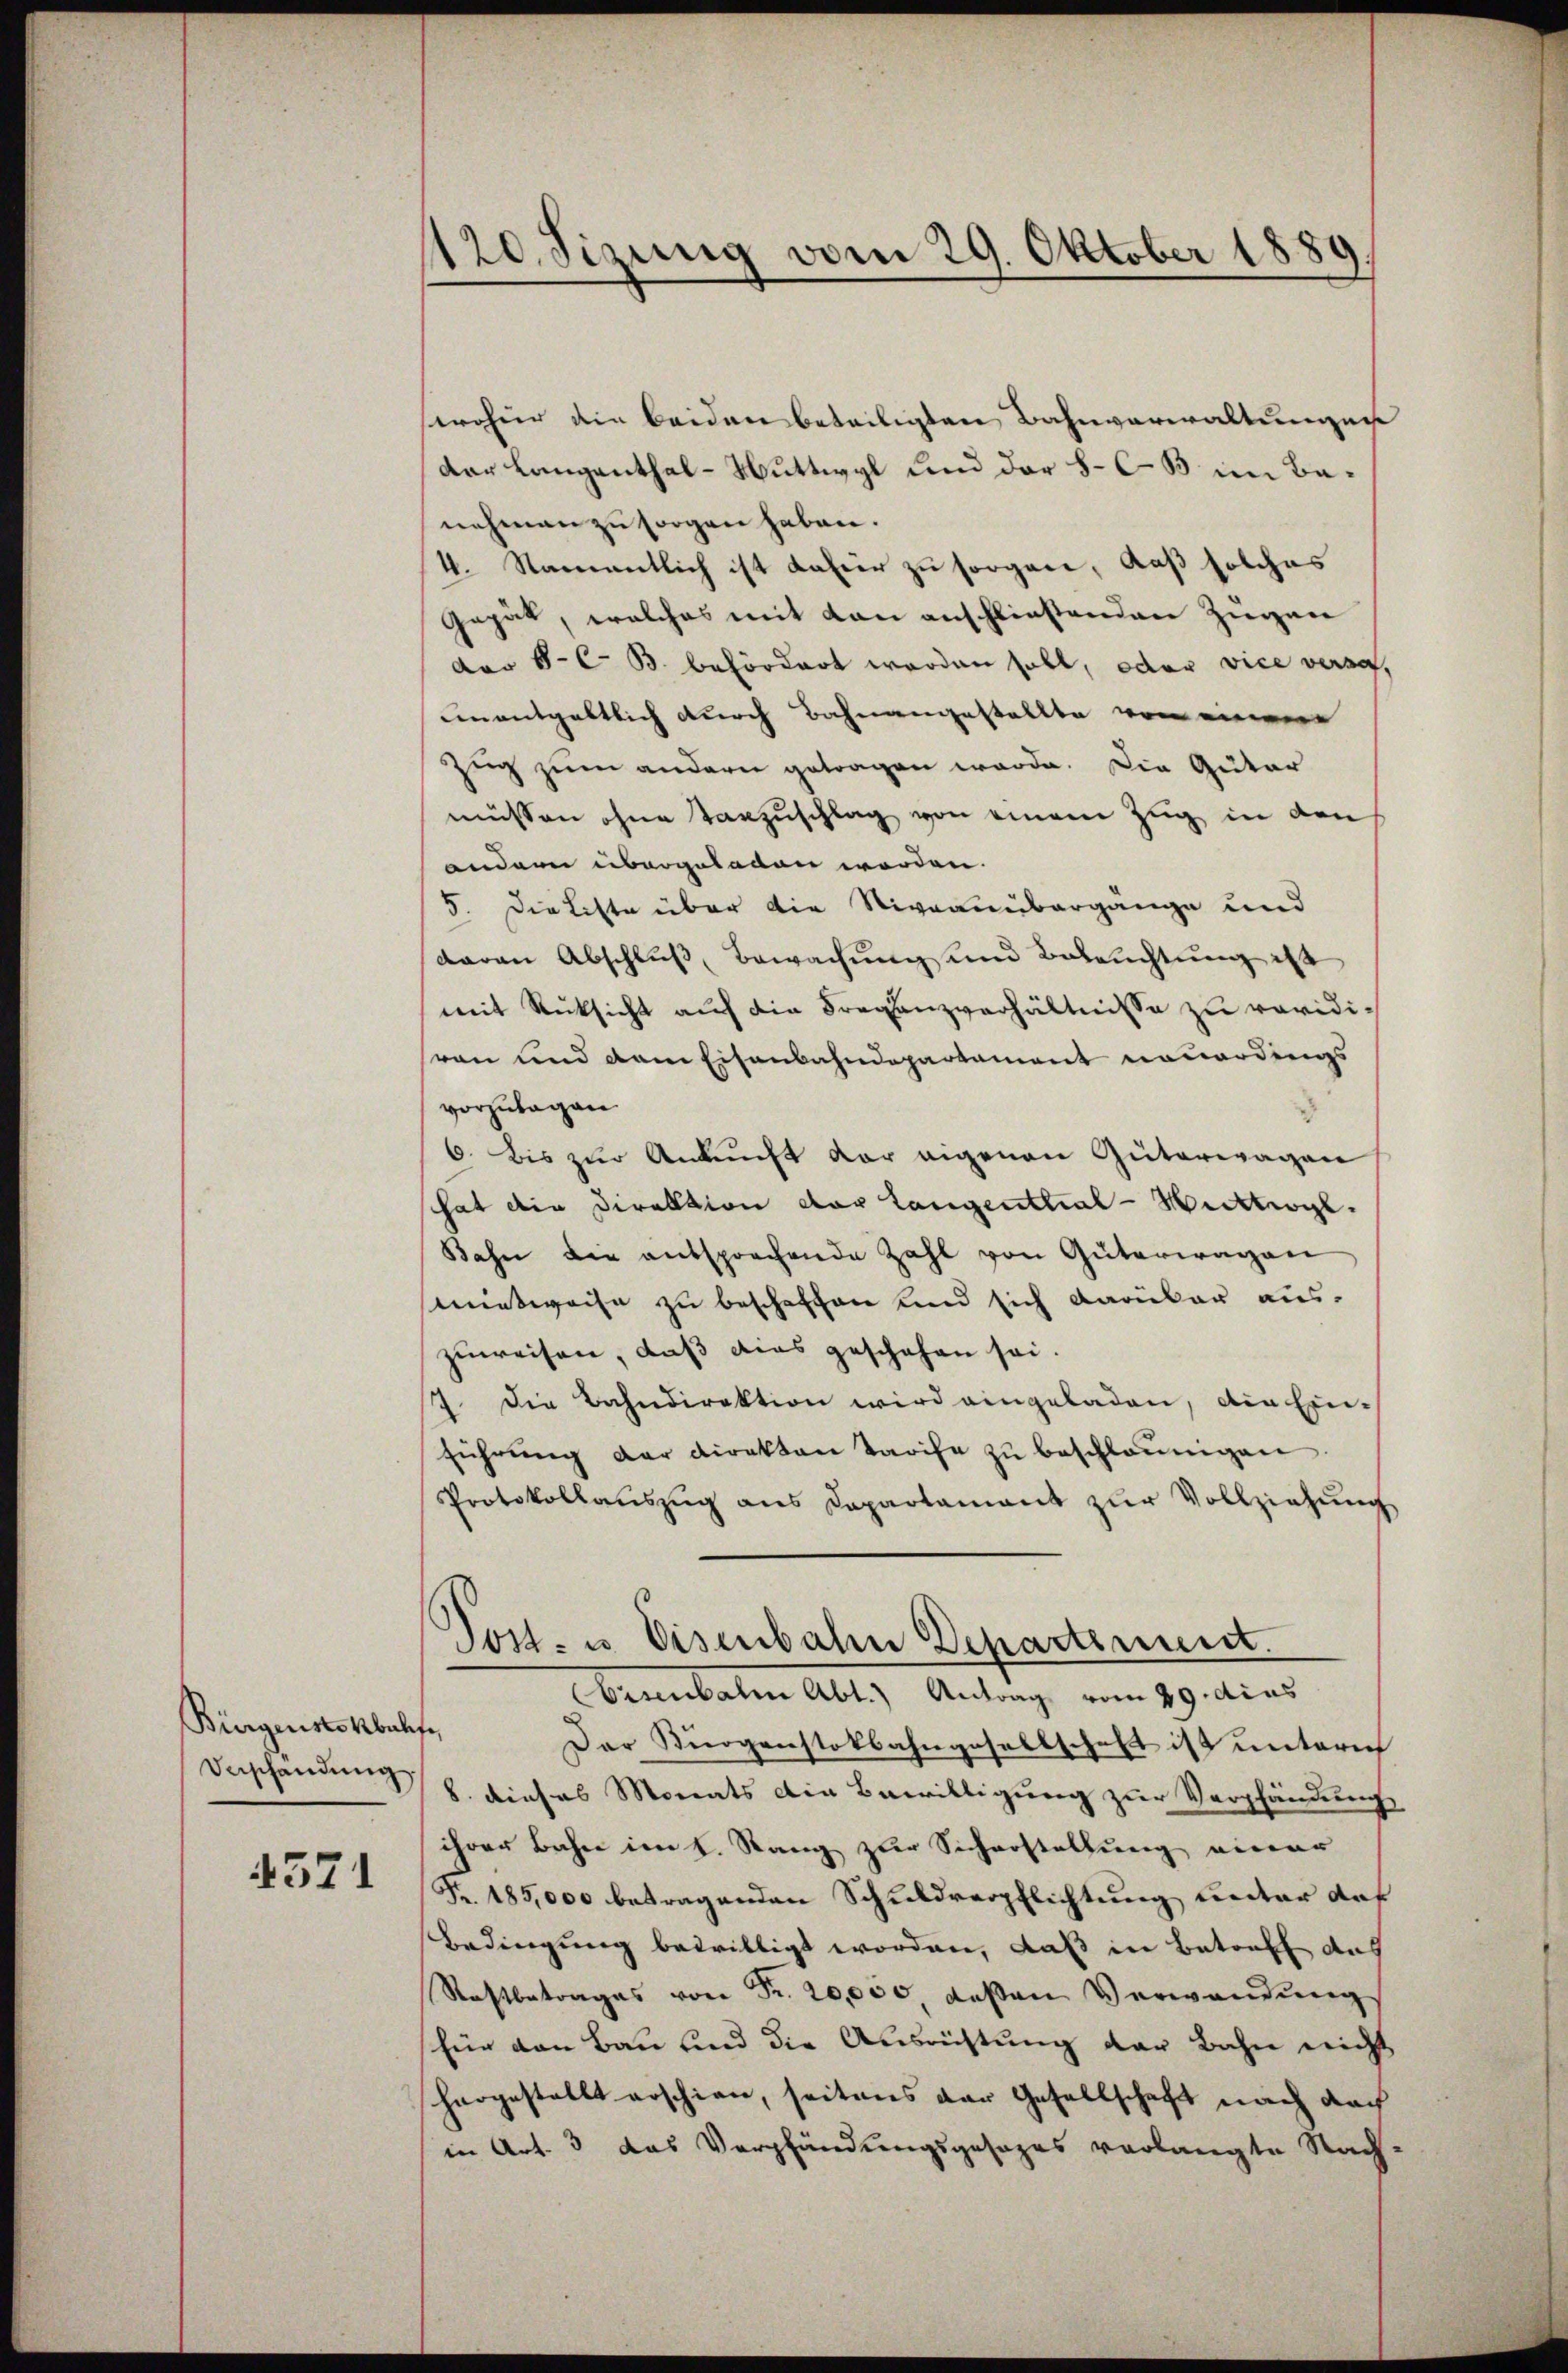
Bürgenstokbalfe,
Veschendung

4571

1120. Sizung vom 29. Oktober 1889

sroher die beiden beteiligten Bahnverwaltungen
der Langenthal-Nuttwyl und der 8. C. B im Banehmen zu sorgen haben.
4. Namentlich ist dafür zu sorgen, daß solches
Gegät, welches mit den anschließenden Zugen
dor 8. C. B. befördert worden soll, oder vice versa
unentgeltlich durch Bahnangestellte von einem
Zug zum andern getragen werde. Die Güter
müssen ohne Tanzuschlag von einem Zug in den
andern übergeladen worden.
5. Die Litte über die Niveauübergange und
daran Abschluß, Bewachung und Beleuchtung ist
mit Rücksicht auf die Fraganzverhältnisse zu revidivon und dem Eisenbahndepartament neuerdings
vorzutagen.
6. bis zŭr Ankunft vor eigenen Güterwagen
hat die Direktion der langentlial-Mittwyl
Bahn die entsprechende Zahl von Güterwagen
smietweise zu beschaffen und sich darüber aus-
zuweisen, daß dies geschehen sei.
7. Die Bahndirektion wird eingeladen, die Einführung der Direkten Tarife zu beschleunigen
Protokollaŭszŭg ans Departament zŭr Vollziehŭng
Son- u. Eisenbahn Departement.
Eisenbahn Abt.) Antrag vom 29. dies
Der Bürgenstokbahngesellschaft ist untern
8. dieses Monats die Bewilligung zur Verpfändung
ihrer Bahne im K. Rang zur Sicherstellung einer
Fr. 185,000 betragenden Schuldverpflichtung unter des
Bedingung bewilligt worden, daß in Betreff das
Rostbetrages von Fr. 20,000 deβen Verwandŭng
für von Bau und die Ausrichtung der Bahn nicht
hargestellt erschien, seitens der Gesellschaft nach dach
in Art. 3 das Verpfändungsgesages verlangte Nach¬